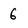
Character: 6